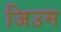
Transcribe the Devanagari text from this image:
जिउम